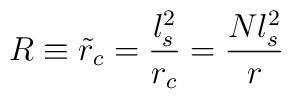
R \equiv \tilde r_c = \frac{l_s^2}{r_c} = \frac{N l_s^2}{r}